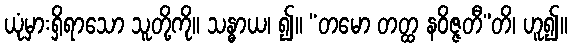
ယုံမှားရှိရာသော သူတို့ကို။ သန္ဓာယ၊ ၍။ “တမော တတ္ထ နဝိဇ္ဇတီ”တိ၊ ဟူ၍။